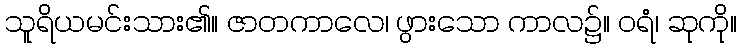
သူရိယမင်းသား၏။ ဇာတကာလေ၊ ဖွားသော ကာလ၌။ ဝရံ၊ ဆုကို။